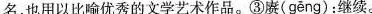
名，也用以比喻优秀的文学艺术作品。③赓( geng )：继续。